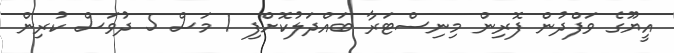
އީޔޫގެ ވަފްދުން ފޮރިން މިނިސްޓަރާ ބައްދަލުކޮށްފި 1 މަސް 5 ދުވަސް ކުރިން